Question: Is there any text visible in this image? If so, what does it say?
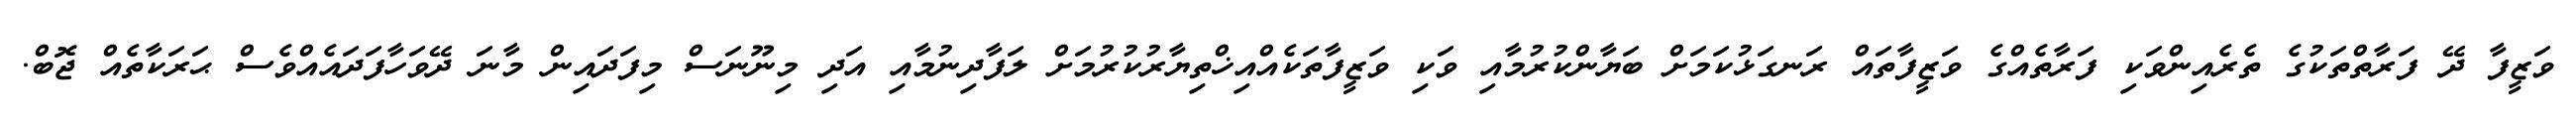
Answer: ވަޒީފާ ދޭ ފަރާތްތަކުގެ ތެރެއިންވަކި ފަރާތެއްގެ ވަޒީފާތައް ރަނގަޅުކަމަށް ބަޔާންކުރުމާއި ވަކި ވަޒީފާތަކެއްއިޚްތިޔާރުކުރުމަށް ލަފާދިނުމާއި އަދި މިނޫނަސް މިފަދައިން މާނަ ދޭވަހާފަދައެއްވެސް ޙަރަކާތެއް ޖޮބް.